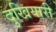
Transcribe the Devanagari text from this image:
दुखियारी